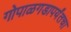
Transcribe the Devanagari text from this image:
गोपाळगडापर्यंतचा